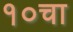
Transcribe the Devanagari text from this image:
१०चा